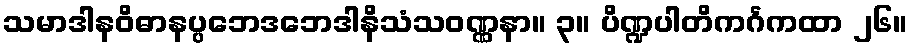
သမာဒါနဝိဓာနပ္ပဘေဒဘေဒါနိသံသဝဏ္ဏနာ။ ၃။ ပိဏ္ဍပါတိကင်္ဂကထာ ၂၆။